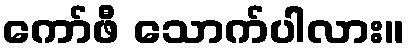
ကော်ဖီ သောက်ပါလား။